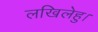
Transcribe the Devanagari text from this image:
लखिलेहु।